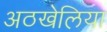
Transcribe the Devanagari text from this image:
अठखेलिया